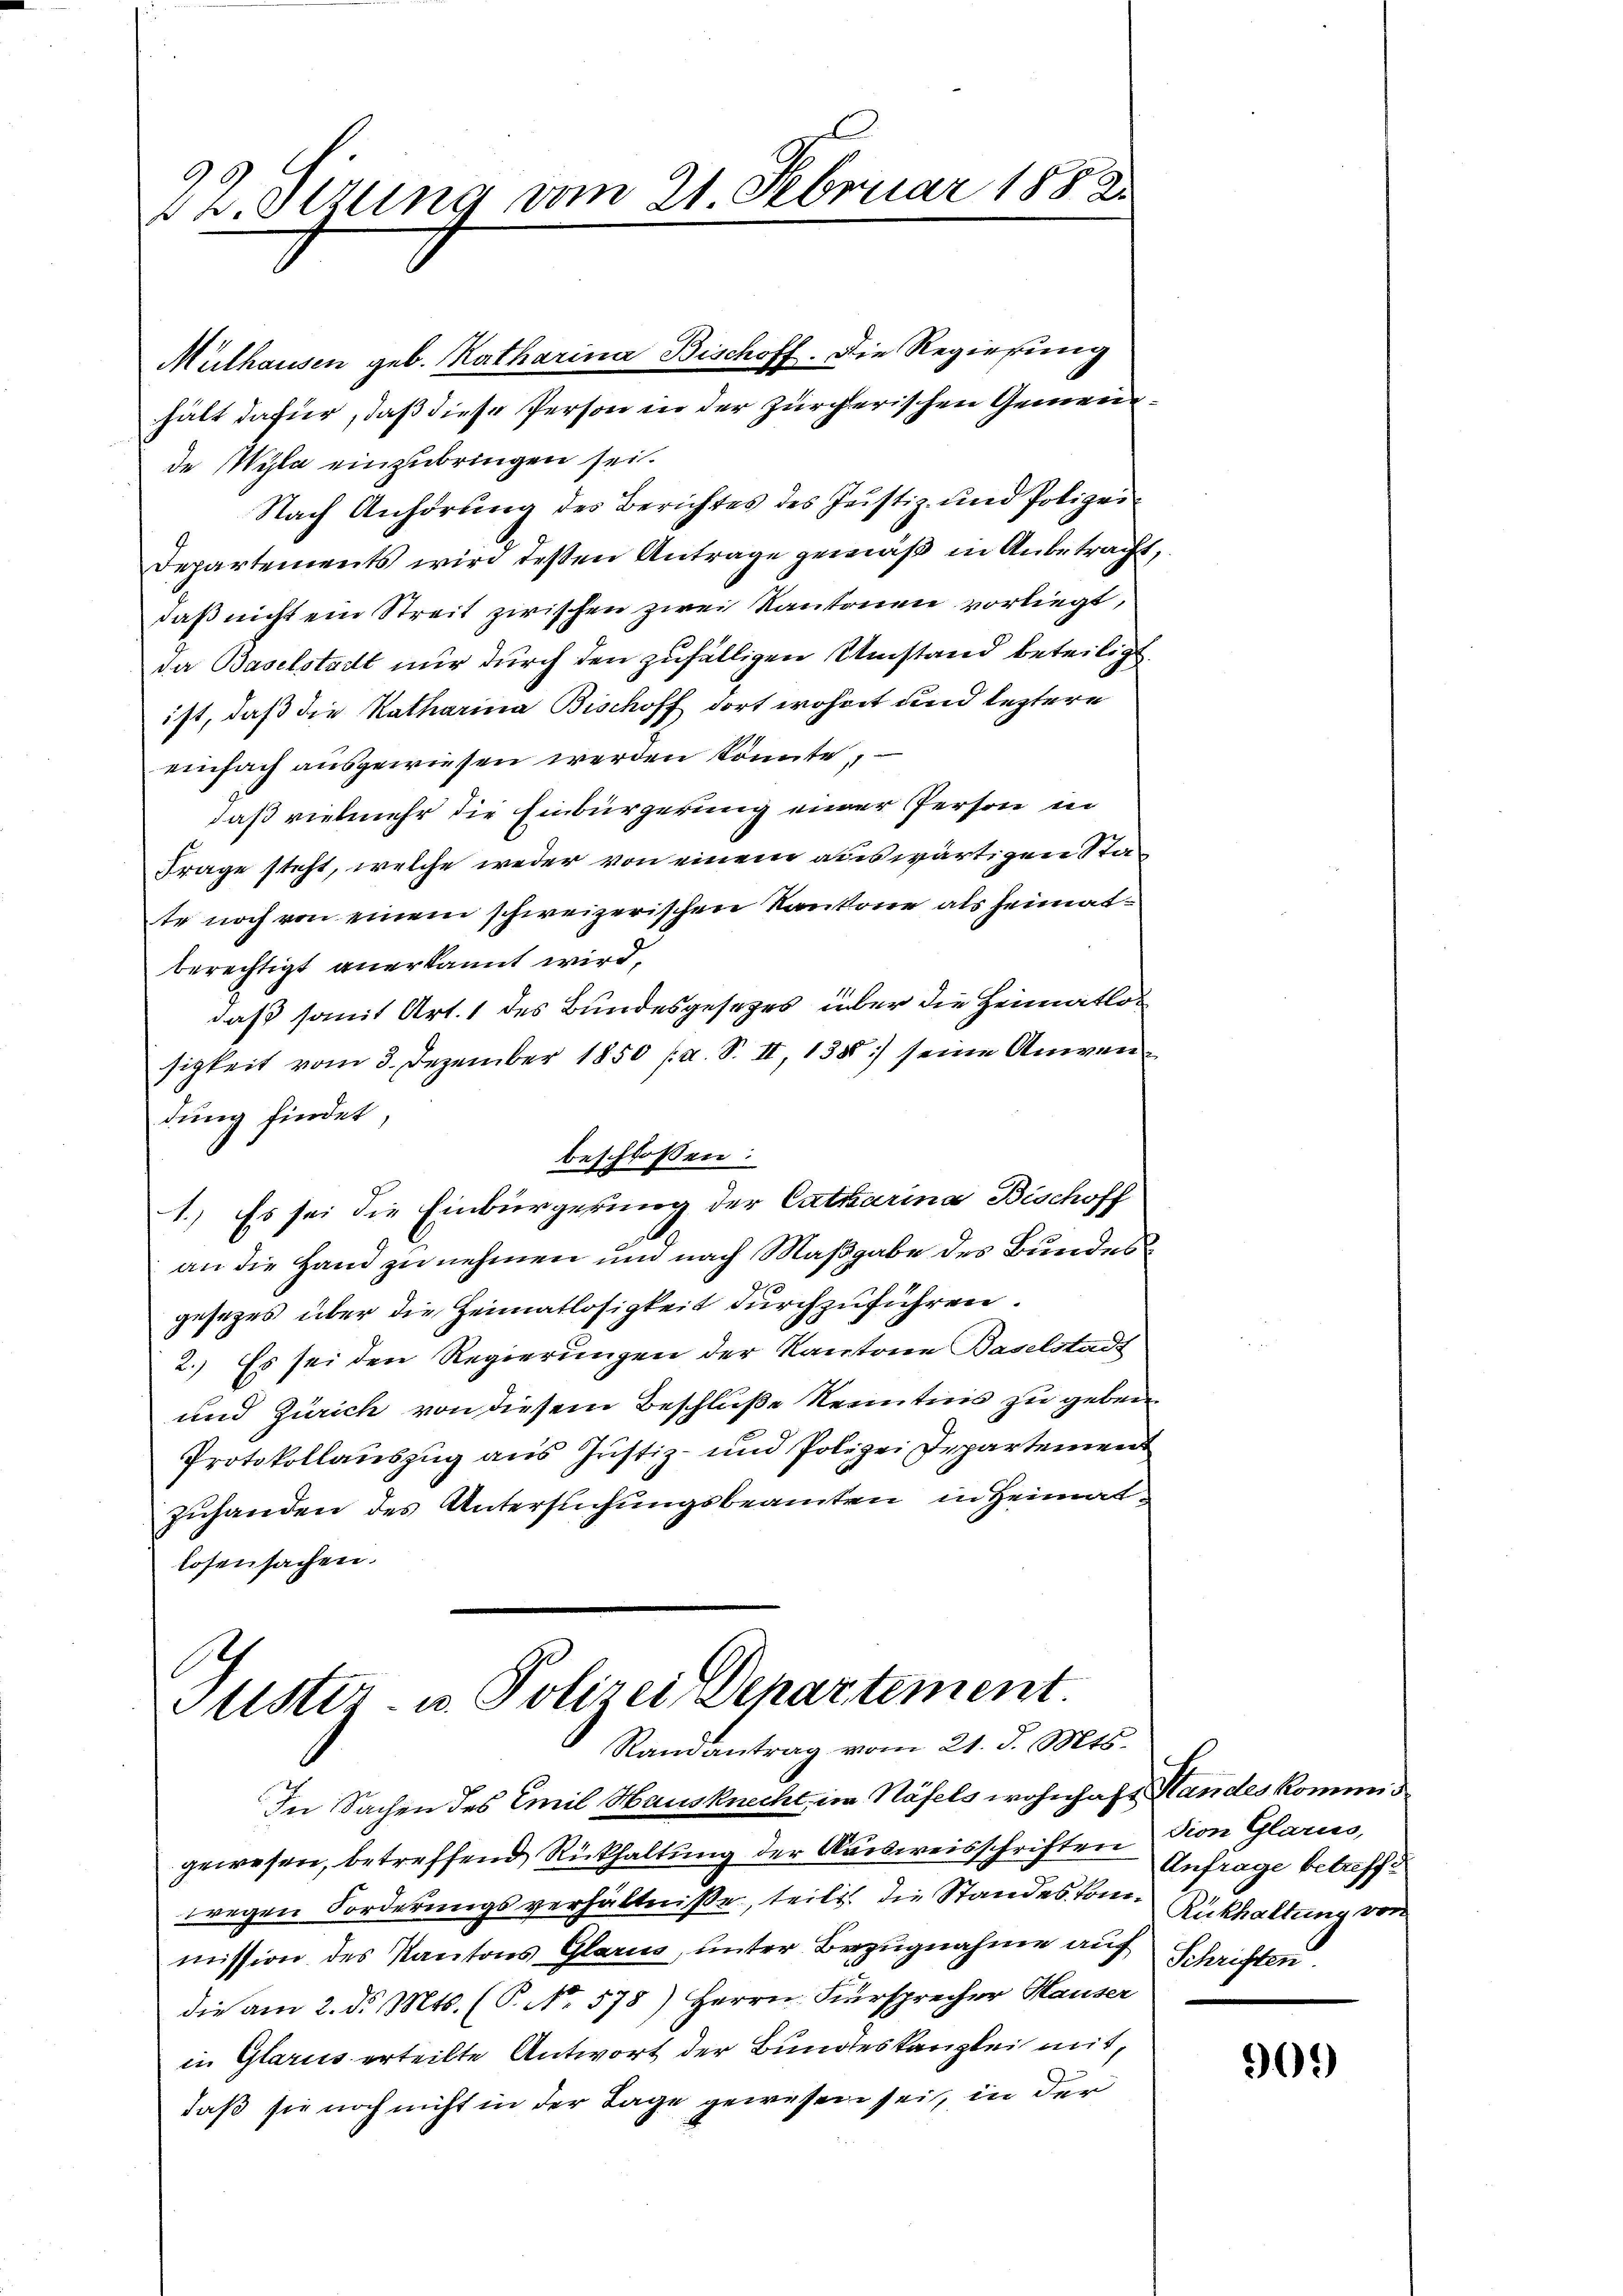
2Z. Otzung vom 21 Februar 1882

Mülhausen geb. Katharina Bischoff. Die Regierung
hält dafür, daß diese Person in der zürcherischen Gemeinde Wyla einzubringen sei.
Nach Anhörung des Berichtes des Justiz- und Polizei-
Departements wird deßen Antrage gemäß in Anbetracht,
daß nicht ein Streit zwischen zwei Kantonen vorliegt,
da Baselstatt nur durch den zufälligen Umstand beteiligt.
ist, daß die Katharina Bischoff dort wohnt und leztere
einfach ausgewiesen werden könnte,
daß vielmehr die Einbürgerung einer Person in
Frage steht, welche weder von einem auswärtigen State noch von einem schweizerischen Kantone als heimatberechtigt anerkannt wird,
daß somit Art. 1 des Bundesgesezes über die Heimatlos
sigkeit vom 3. Dezember 1850 /d. S. II, 1380) seine Anwendung findet,
beschlossen:
1.) Es sei die Einbürgerung der Catharina Bischoff
A.
an die Hand zu nehmen und nach Maßgabe des Bundesgesetzes über die Heimatlosigkeit durchzuführen.
2.) Es sei den Regierungen der Kantone Baselstadt
und Zürich von diesem Beschluße Kenntnis zu geben.
Protokollauszug aus Justiz- und Polizei Departement
zuhanden des Untersuchungsbeamten in Heimatlosensachen.

Ehe
Geister- u. Polizei Departement.
Randantrag vom 21. d. Mts.

In Sachen des Emil Hausknecht, im Näfels wohnhaft Standes komme
gewesen, betreffend Rückhaltung der Ausweisschriften Anfrage betreffe
wegen Forderungsverhältnisse, teilt die Standeskommission des Kantons Glarus, unter Bezugnahme auf
die am 2. d. Mts. (T. No. 578) Herrn Fürsprecher Hauser
in Glarus erteilte Antwort der Bundeskanzlei mit,
daß sie noch nicht in der Lage gewesen sei, in der

dion Glarus,
Rükhaltung von
Schriften

909)